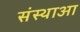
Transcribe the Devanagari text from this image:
संस्थाआ